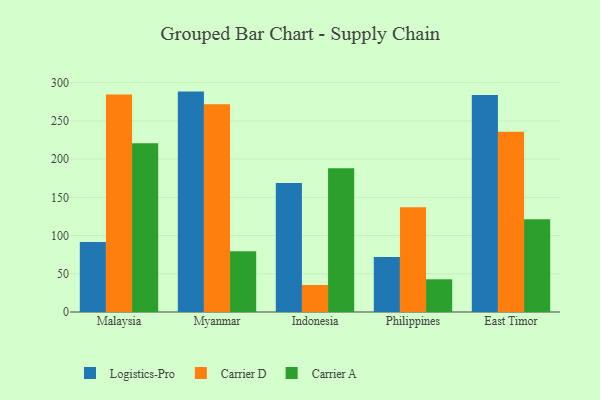
{"axis": {"x": "Country", "y": "Market Share (%)"}, "legend": ["Carrier A", "Carrier D", "Logistics-Pro"], "data": [{"x": "Malaysia", "y": 91.5, "type": "Logistics-Pro"}, {"x": "Malaysia", "y": 284.6, "type": "Carrier D"}, {"x": "Malaysia", "y": 220.7, "type": "Carrier A"}, {"x": "Myanmar", "y": 288.3, "type": "Logistics-Pro"}, {"x": "Myanmar", "y": 271.7, "type": "Carrier D"}, {"x": "Myanmar", "y": 79.5, "type": "Carrier A"}, {"x": "Indonesia", "y": 168.7, "type": "Logistics-Pro"}, {"x": "Indonesia", "y": 35.3, "type": "Carrier D"}, {"x": "Indonesia", "y": 188.1, "type": "Carrier A"}, {"x": "Philippines", "y": 72.1, "type": "Logistics-Pro"}, {"x": "Philippines", "y": 137.1, "type": "Carrier D"}, {"x": "Philippines", "y": 42.8, "type": "Carrier A"}, {"x": "East Timor", "y": 283.9, "type": "Logistics-Pro"}, {"x": "East Timor", "y": 235.7, "type": "Carrier D"}, {"x": "East Timor", "y": 121.4, "type": "Carrier A"}]}